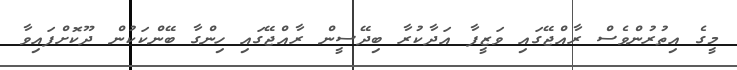
މީގެ އިތުރުންވެސް ރާއްޖޭގައި ވަޒީފާ އަދާކުރާ ބިދޭސީން ރާއްޖޭގައި ހިންގާ ބޭންކަކުން ދޫކޮށްފައިވާ